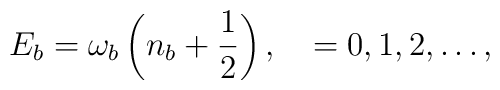
E_b = \omega_b \left(n_{b} + \frac{1}{2}\right), \quad = 0,1,2, \ldots,